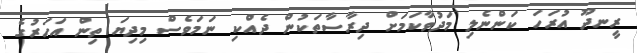
ރީނދޫ އުރަހަ ކަންނެލި މަދުވާކަމަށް ދިރާސާތަކުން ދެއްކި ނަމަވެސް މިދިޔަ ތިން އަހަރުގެ